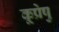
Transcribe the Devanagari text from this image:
कूप्रेषु